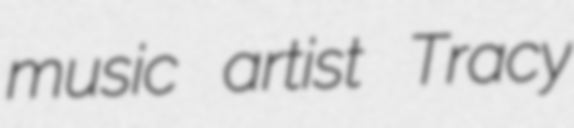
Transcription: music artist Tracy